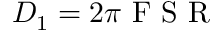
D _ { 1 } = 2 \pi \mathrm { ~ F ~ S ~ R ~ }